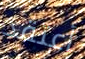
أعتقد